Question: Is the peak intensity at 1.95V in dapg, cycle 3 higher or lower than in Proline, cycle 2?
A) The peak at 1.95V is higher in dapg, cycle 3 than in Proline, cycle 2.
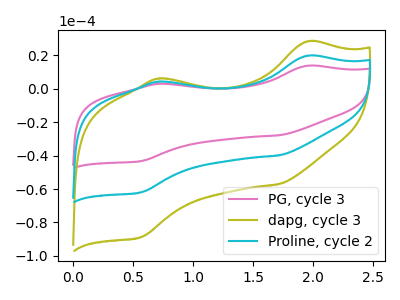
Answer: <think>The pink curve "PG, cycle 3" has anodic peaks at (1.95V, 13.85uA) (0.70V, 3.00uA) and cathodic peaks at (1.70V, -27.80uA) (0.55V, -43.30uA). The olive curve "dapg, cycle 3" has anodic peaks at (1.95V, 39.65uA) (0.70V, 8.65uA) and cathodic peaks at (1.70V, -79.70uA) (0.55V, -124.05uA). The cyan curve "Proline, cycle 2" has anodic peaks at (1.95V, 19.80uA) (0.70V, 4.30uA) and cathodic peaks at (1.70V, -39.85uA) (0.55V, -62.00uA).</think>
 <answer>A) The peak at 1.95V is higher in "dapg, cycle 3" than in "Proline, cycle 2".</answer>
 <eval>A</eval>